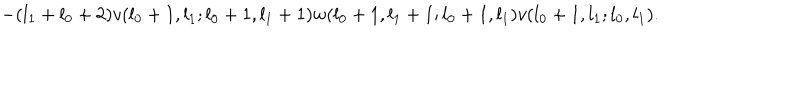
- ( l _ { 1 } + l _ { 0 } + 2 ) v ( l _ { 0 } + 1 , l _ { 1 } ; l _ { 0 } + 1 , l _ { 1 } + 1 ) w ( l _ { 0 } + 1 , l _ { 1 } + 1 ; l _ { 0 } + 1 , l _ { 1 } ) v ( l _ { 0 } + 1 , l _ { 1 } ; l _ { 0 } , l _ { 1 } ) .